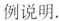
例说明.